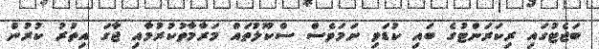
ބަޖެޓުގައި ރިކަރަންޓުގެ ބައި ކުޑަވި ނަމަވެސް ސްކޫލުތައް މަރާމާތުކުރުމާއި ޖާގަ އިތުރު ކުރުން